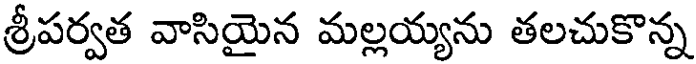
శ్రీపర్వత వాసియైన మల్లయ్యను తలచుకొన్న